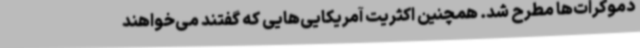
دموکرات‌ها مطرح شد. همچنین اکثریت آمریکایی‌هایی که گفتند می‌خواهند